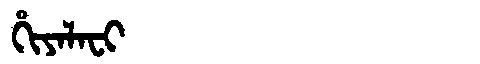
Manchu: ᡥᡳᠶᠠᠯᠠᠸᡳ
Romanization: HIYALAFI